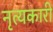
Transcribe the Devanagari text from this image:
नृत्यकारी